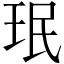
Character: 珉